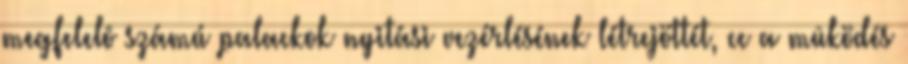
megfelelõ számú palackok nyitási vezérlésének létrejöttét, cc a mûködés